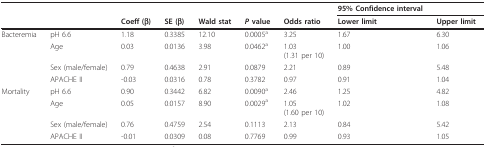
<table><thead><tr><td>[EMPTY_CELL]</td><td>[EMPTY_CELL]</td><td>[EMPTY_CELL]</td><td>[EMPTY_CELL]</td><td>[EMPTY_CELL]</td><td>[EMPTY_CELL]</td><td>[EMPTY_CELL]</td><td><b>95% Confidence interval</b></td><td>[EMPTY_CELL]</td></tr><tr><td>[EMPTY_CELL]</td><td>[EMPTY_CELL]</td><td><b>Coeff (β)</b></td><td><b>SE (β)</b></td><td><b>Wald stat</b></td><td><b><i>P </i>value</b></td><td><b>Odds ratio</b></td><td><b>Lower limit</b></td><td><b>Upper limit</b></td></tr></thead><tbody><tr><td>Bacteremia</td><td>pH 6.6</td><td>1.18</td><td>0.3385</td><td>12.10</td><td>0.0005<sup>a</sup></td><td>3.25</td><td>1.67</td><td>6.30</td></tr><tr><td>[EMPTY_CELL]</td><td>Age</td><td>0.03</td><td>0.0136</td><td>3.98</td><td>0.0462<sup>a</sup></td><td>1.03(1.31 per 10)</td><td>1.00</td><td>1.06</td></tr><tr><td>[EMPTY_CELL]</td><td>Sex (male/female)</td><td>0.79</td><td>0.4638</td><td>2.91</td><td>0.0879</td><td>2.21</td><td>0.89</td><td>5.48</td></tr><tr><td>[EMPTY_CELL]</td><td>APACHE II</td><td>-0.03</td><td>0.0316</td><td>0.78</td><td>0.3782</td><td>0.97</td><td>0.91</td><td>1.04</td></tr><tr><td>Mortality</td><td>pH 6.6</td><td>0.90</td><td>0.3442</td><td>6.82</td><td>0.0090<sup>a</sup></td><td>2.46</td><td>1.25</td><td>4.82</td></tr><tr><td>[EMPTY_CELL]</td><td>Age</td><td>0.05</td><td>0.0157</td><td>8.90</td><td>0.0029<sup>a</sup></td><td>1.05(1.60 per 10)</td><td>1.02</td><td>1.08</td></tr><tr><td>[EMPTY_CELL]</td><td>Sex (male/female)</td><td>0.76</td><td>0.4759</td><td>2.54</td><td>0.1113</td><td>2.13</td><td>0.84</td><td>5.42</td></tr><tr><td>[EMPTY_CELL]</td><td>APACHE II</td><td>-0.01</td><td>0.0309</td><td>0.08</td><td>0.7769</td><td>0.99</td><td>0.93</td><td>1.05</td></tr></tbody></table>